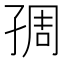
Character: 𡥱